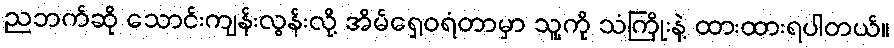
ညဘက်ဆို သောင်းကျန်းလွန်းလို့ အိမ်ရှေ့ဝရံတာမှာ သူ့ကို သံကြိုးနဲ့ ထားထားရပါတယ်။